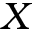
X